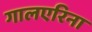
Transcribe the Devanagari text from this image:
गालएरिना